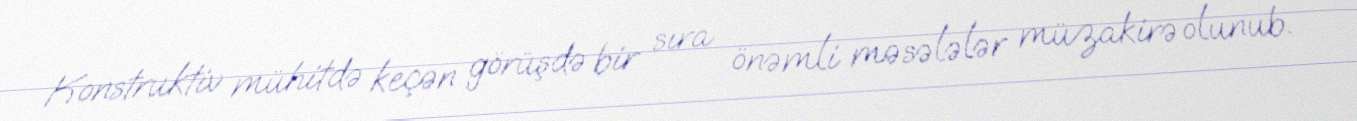
Konstruktiv mühitdə keçən görüşdə bir sıra önəmli məsələlər müzakirə olunub.